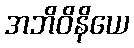
အဘိဝိနိယေ